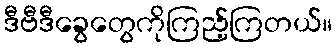
ဒီဗီဒီခွေတွေကိုကြည့်ကြတယ်။